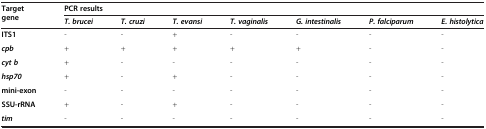
<table><thead><tr><td rowspan="2"><b>Target gene</b></td><td colspan="7"><b>PCR results</b></td></tr><tr><td><b><i>T. brucei</i></b></td><td><b><i>T. cruzi</i></b></td><td><b><i>T. evansi</i></b></td><td><b><i>T. vaginalis</i></b></td><td><b><i>G. intestinalis</i></b></td><td><b><i>P. falciparum</i></b></td><td><b><i>E. histolytica</i></b></td></tr></thead><tbody><tr><td><b>ITS1</b></td><td>-</td><td>-</td><td>+</td><td>-</td><td>-</td><td>-</td><td>-</td></tr><tr><td><b><i>cpb</i></b></td><td>+</td><td>+</td><td>+</td><td>+</td><td>+</td><td>-</td><td>-</td></tr><tr><td><b><i>cyt b</i></b></td><td>+</td><td>-</td><td>-</td><td>-</td><td>-</td><td>-</td><td>-</td></tr><tr><td><b><i>hsp70</i></b></td><td>+</td><td>-</td><td>+</td><td>-</td><td>-</td><td>-</td><td>-</td></tr><tr><td><b>mini-exon</b></td><td>-</td><td>-</td><td>-</td><td>-</td><td>-</td><td>-</td><td>-</td></tr><tr><td><b>SSU-rRNA</b></td><td>+</td><td>-</td><td>+</td><td>-</td><td>-</td><td>-</td><td>-</td></tr><tr><td><b><i>tim</i></b></td><td>-</td><td>-</td><td>-</td><td>-</td><td>-</td><td>-</td><td>-</td></tr></tbody></table>